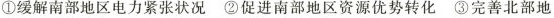
①缓解南部地区电力紧张状况②促进南部地区资源优势转化③完善北部地